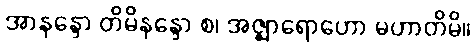
အာနန္ဒော တိမိနန္ဒော စ၊ အဇ္ဈာရောဟော မဟာတိမိ။